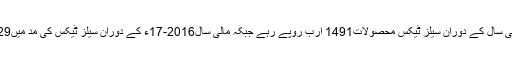
ایف بی آر کی رپورٹ کے مطابق گذشتہ مالی سال کے دوران سیلز ٹیکس محصولات1491 ارب روپے رہے جبکہ مالی سال2016-17ء کے دوران سیلز ٹیکس کی مد میں1329 ارب روپے کی وصولیاں کی گئی تھیں۔